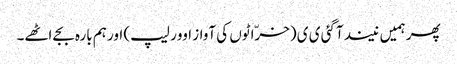
پھر ہمیں نیند آگئی ی ی (خرّاٹوں کی آواز اوور لیپ) اور ہم بارہ بجے اٹھے۔